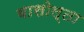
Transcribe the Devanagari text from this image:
बासोल्ता